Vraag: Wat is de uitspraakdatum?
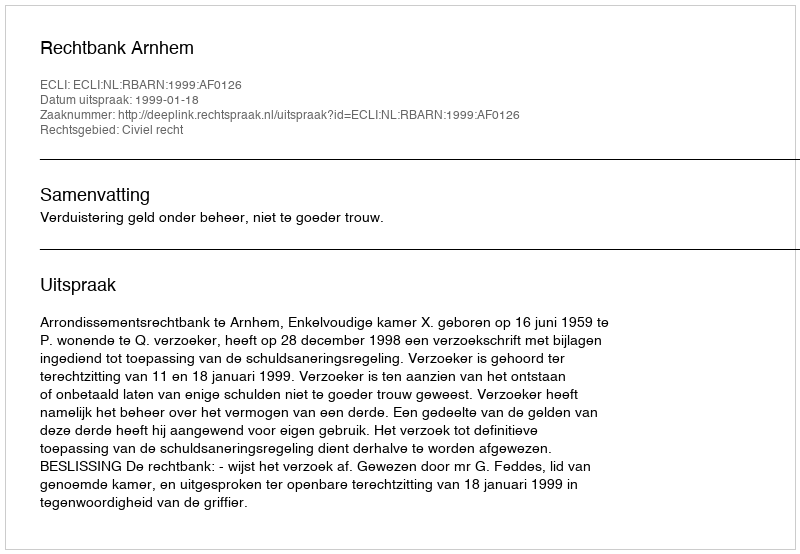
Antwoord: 1999-01-18